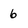
Character: 6